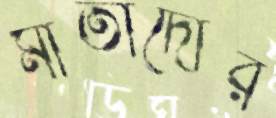
মাতাদোর